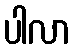
ပါလာ